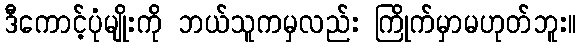
ဒီကောင့်ပုံမျိုးကို ဘယ်သူကမှလည်း ကြိုက်မှာမဟုတ်ဘူး။